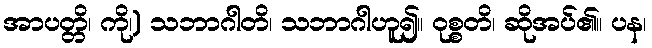
အာပတ္တိ၊ ကို၊) သဘာဂါတိ၊ သဘာဂါဟူ၍။ ဝုစ္စတိ၊ ဆိုအပ်၏။ ပန၊